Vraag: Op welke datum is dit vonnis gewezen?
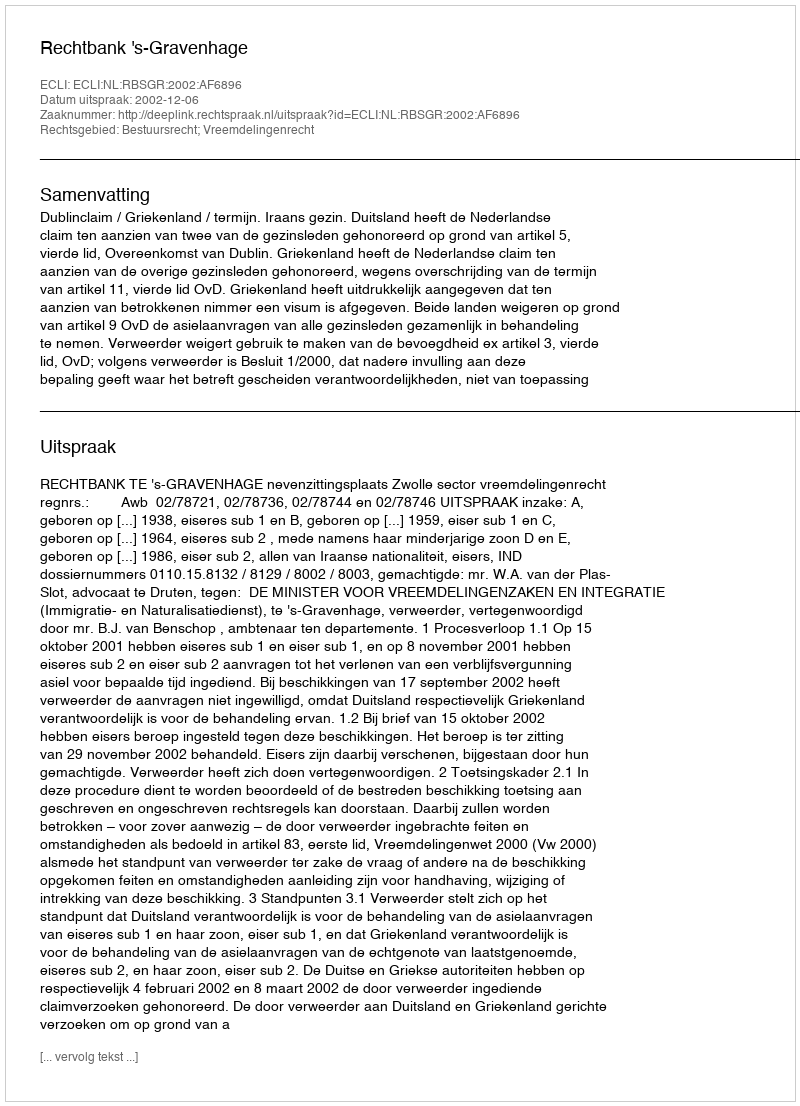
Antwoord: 2002-12-06